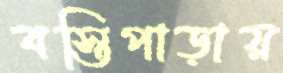
বস্তিপাড়ায়